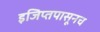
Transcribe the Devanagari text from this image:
इजिप्तपासूनच